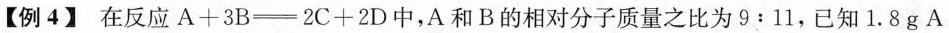
【例4】在反应A+3B \xlongequal[]{} 2C+2D中，A和B的相对分子质量之比为9:11，已知1.8 g A